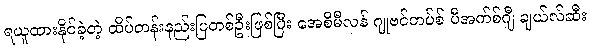
ရယူထားနိုင်ခဲ့တဲ့ ထိပ်တန်းနည်းပြတစ်ဦးဖြစ်ပြီး အေစီမီလန် ဂျုဗင်တပ်စ် ပီအက်စ်ဂျီ ချယ်လ်ဆီး